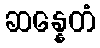
ဆန္နေတံ